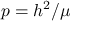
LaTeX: p = h ^ { 2 } / \mu